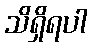
သိရှိရပါ